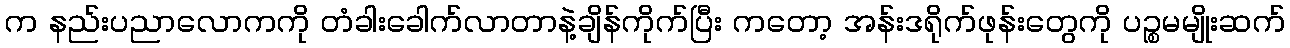
က နည်းပညာလောကကို တံခါးခေါက်လာတာနဲ့ချိန်ကိုက်ပြီး ကတော့ အန်းဒရိုက်ဖုန်းတွေကို ပဉ္စမမျိုးဆက်